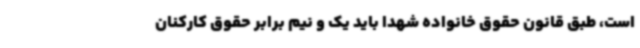
است، طبق قانون حقوق خانواده شهدا باید یک و نیم برابر حقوق کارکنان